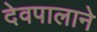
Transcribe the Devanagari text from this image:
देवपालाने